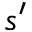
s ^ { \prime }